Vaccination report Assam 1896-1927 - 1896-1927
Year: 1896
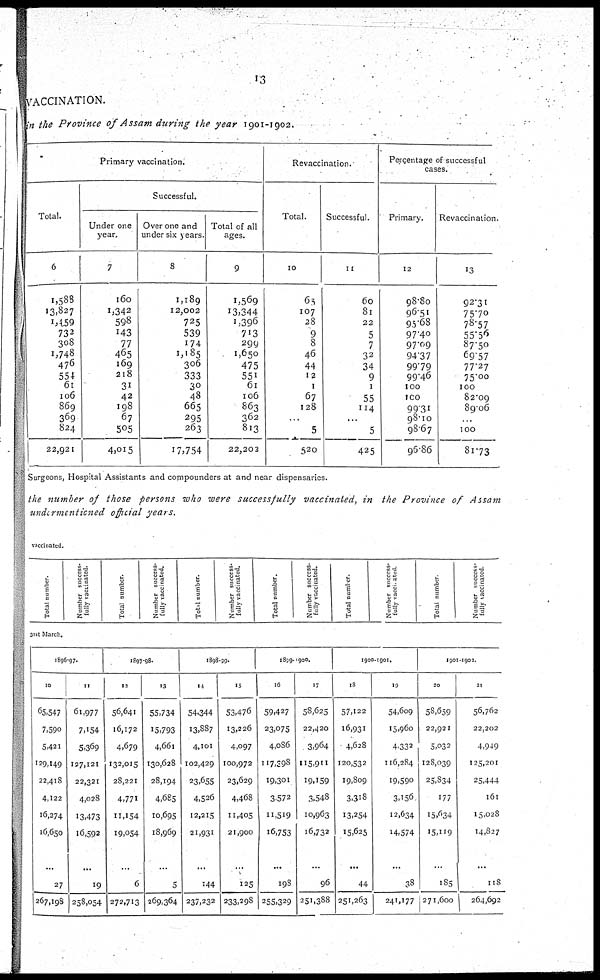
13
VACCINATION.
in the Province of Assam during the year 1901-1902.
Primary vaccination.
Total.
6
1,588
13,827
1,459
733
308
1,748
476
554
61
106
869
369
824
22,921
Successful.
Under one
year.
7
160
1,342
598
143
77
465
169
218
31
42
198
67
505
4,015
Over one and
under six years.
8
1,189
12,002
725
539
174
1,185
306
333
30
48
665
295
263
17,754
Total of all
ages.
9
1,569
13,344
1,396
713
299
1,650
475
551
61
106
863
362
813
22,202
Revaccination.
Total.
10
65
107
28
9
8
46
44
12
1
67
128
...
5
520
Successful.
11
60
81
22
5
7
32
34
9
1
55
114
...
5
425
Percentage of successful
cases.
Primary.
12
98.80
96.51
95.68
97.40
97.09
94.37
99.79
99.46
100
100
99.31
98.10
98.67
96.86
Revaccination.
13
92.31
75.70
78.57
55.56
87.50
69.57
77.27
75.00
100
82.09
89.06
...
100
81.73
Surgeons, Hospital Assistants and compounders at and near dispensaries.
the number of those persons who were successfully
vaccinated, in the Province of
Assam
undermentioned
official years.
vaccinated.
Total number.
Number success-
fully vaccinated.
Total number.
Number success-
fully vaccinated.
Total number.
Number success-
fully vaccinated.
Total number.
Number success-
fully vaccinated.
Total number.
Number success-
fully vaccinated.
Total number
Number success-
fully vaccinated.
31 st March.
1896-97.
10
65,547
7,590
5,421
129,149
22,418
4,122
16,274
16,650
...
27
267,198
11
61,977
7,154
5,369
127,121
22,321
4,028
13,473
16,592
...
19
258,054
1897-98.
12
56,641
16,172
4,679
132,015
28,221
4,771
11,154
19,054
...
6
272,713
13
55,734
15,793
4,661
130,628
28,194
4,685
10,695
18,969
...
5
269,364
1898-99.
14
54,344
13,887
4,101
102,429
23,655
4,526
12,215
21,931
...
144
237,232
15
53,476
13,226
4,097
100,972
23,629
4,468
11,405
21,900
...
125
233,298
1899-1900.
16
59,427
23,075
4,086
117,298
19,301
3,572
12,519
16,753
...
198
255,329
17
58,625
22,420
3,964
115,911
19,159
3,548
10,963
16,732
...
96
251,388
1900-1901.
18
57,122
16,931
4,628
120,532
19,809
3,318
13,254
15,625
...
44
251,263
19
54,609
15,960
4,332
116,284
19,590
3,156
12,634
14,574
...
38
241,177
1901-1902.
20
58,659
22,921
5,032
128,039
25,834
177
15,634
15,119
...
185
271,600
21
56,762
22,202
4,949
125,201
25,444
161
15,028
14,827
...
118
264,692